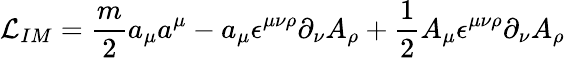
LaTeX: {\cal L}_{IM}={\frac{m}{2}}a_{\mu}a^{\mu}-a_{\mu}\epsilon^{\mu\nu\rho}\partial_{\nu}A_{\rho}+{\frac{1}{2}}A_{\mu}\epsilon^{\mu\nu\rho}\partial_{\nu}A_{\rho}